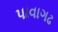
પાવાગઢ